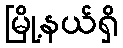
မြို့နယ်ရှိ